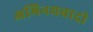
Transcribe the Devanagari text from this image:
अभिनयवादी